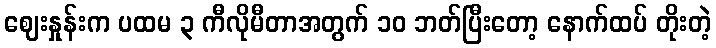
ဈေးနှုန်းက ပထမ ၃ ကီလိုမီတာအတွက် ၁၀ ဘတ်ပြီးတော့ နောက်ထပ် တိုးတဲ့